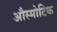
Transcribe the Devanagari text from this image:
औस्मोटिक